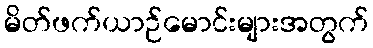
မိတ်ဖက်ယာဉ်မောင်းများအတွက်